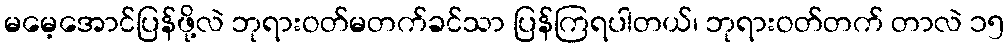
မမေ့အောင်ပြန်ဖို့လဲ ဘုရားဝတ်မတက်ခင်သာ ပြန်ကြရပါတယ်၊ ဘုရားဝတ်တက် တာလဲ ၁၅